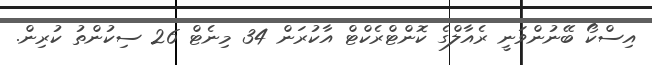
އިސްކޯ ބޭނުންވަނީ ރެއާލްގެ ކޮންޓްރެކްޓް އާކުރަން 34 މިނެޓް 26 ސިކުންތު ކުރިން.